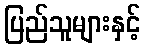
ပြည်သူများနှင့်